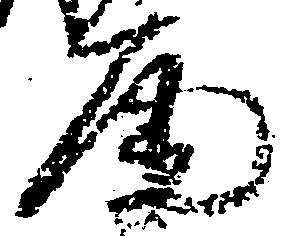
尾